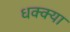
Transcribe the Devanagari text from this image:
धक्क्या